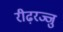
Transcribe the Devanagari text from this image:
रीढ़रज्जु